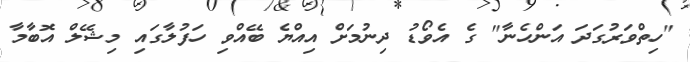
"ހިތްވަރުގަދަ އަންހެނާ" ގެ އެވޯޑު ދިނުމަށް އިއްޔެ ބޭއްވި ހަފުލާގައި މިޝޭލް އޮބާމާ